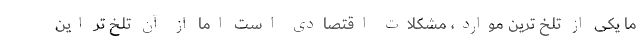
ما یکی از تلخ ترین موارد، مشکلات اقتصادی است اما از آن تلخ تر این